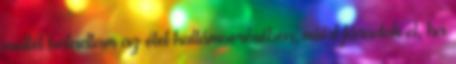
mellel haladtam az élet hullámverésében, miért fáradok el, ha